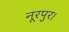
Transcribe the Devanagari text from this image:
नूरपुर।